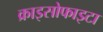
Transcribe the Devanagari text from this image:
क्राइसोफाइटा